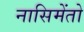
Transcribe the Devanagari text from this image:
नासिमेंतो